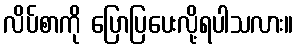
လိပ်စာကို ပြောပြပေးလို့ရပါသလား။